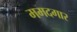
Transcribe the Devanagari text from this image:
ममदगार